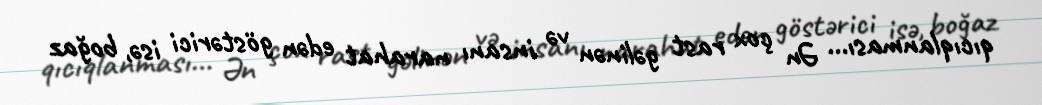
qıcıqlanması... Ən çox rast gəlinən və insanı narahat edən göstərici isə, boğaz